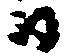
日